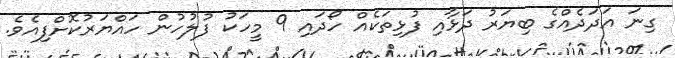
ގިނަ އަދަދެއްގެ ބިޔަރު ދަޅާއި ފުޅިތަކެއް ހޯދައި 9 މީހަކު ފުލުހުން ހައްޔަރުކޮށްފިއެވެ.